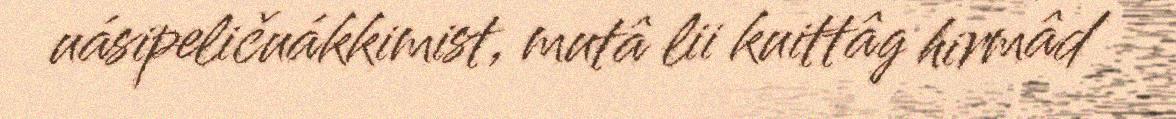
uásipeličuákkimist, mutâ lii kuittâg hirmâd